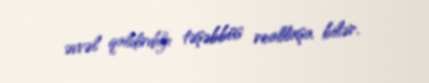
əvvəl qaldırdığı təşəbbüs reallaşa bilər.